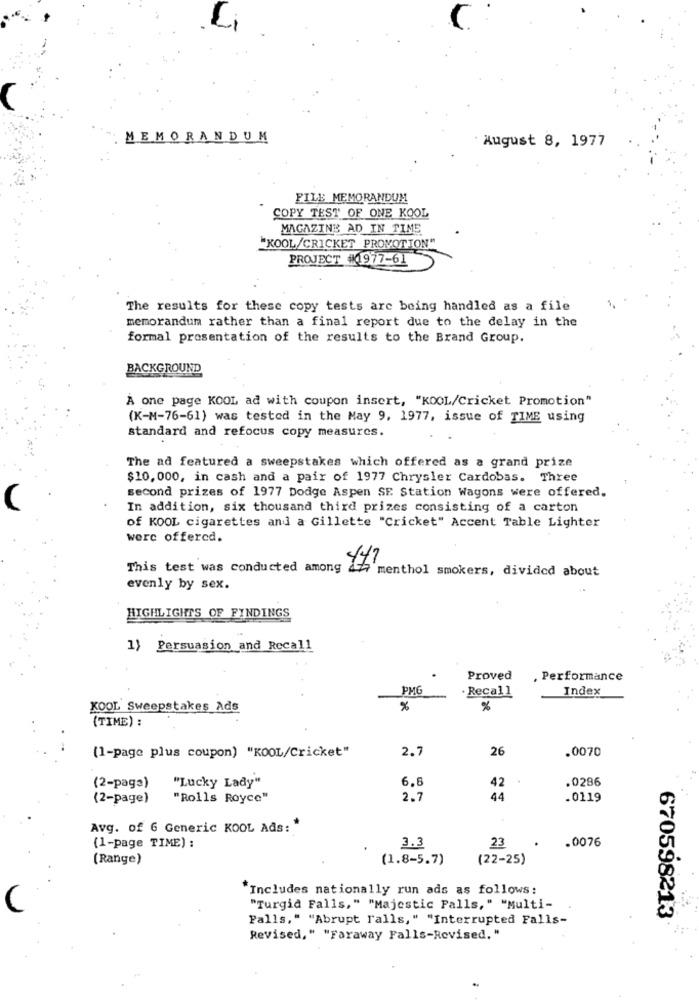
MEMORANDUM
August 8, 1977
FILE MEMORANDUM
COPY TEST OF ONE KOOL
MAGAZINE AD IN TIME
"KOOL/CRICKET PROMOTION"
PROJECT #1977-61
The results for these copy tests are being handled as a file
memorandum rather than a final report due to the delay in the
formal presentation of the results to the Brand Group.
BACKGROUND
A one page KOOL ad with coupon insert, "KOOL/Cricket Promotion"
(K-M-76-61) was tested in the May 9, 1977, issue of TIME using
standard and refocus copy measures.
The ad featured a sweepstakes which offered as a grand prize
$10,000, in cash and a pair of 1977 Chrysler Cardobas. Three
second prizes of 1977 Dodge Aspen SE Station Wagons were offered.
In addition, six thousand third prizes consisting of a carton
of KOOL cigarettes and a Gillette "Cricket" Accent Table Lighter
werc offered.
This test was conducted among
menthol smokers, divided about
evenly by sex.
HIGHLIGHTS OF FINDINGS
1) Persuasion and Recall
Proved
, Performance
PMG
Recall
Index
KOOL Sweepstakes Ads
%
%
(TIME) :
(1-page plus coupon) "KOOL/Cricket"
2.7
26
.0070
42
.0286
(2-paga)
"Lucky Lady"
6.6
(2-page)
"Rolls Royce"
2.7
44
.0119
Avg. of 6 Generic KOOL Ads: "
23
.0076
(1-page TIME) :
3.3
(Range)
(1.8-5.7)
(22-25)
*Includes nationally run ads as follows:
"Turgid Falls," "Majestic Falls, " "Multi-
Falls." "Abrupt Falls," "Interrupted Falls-
670598213
Revised," "Faraway Falls-Revised. "